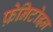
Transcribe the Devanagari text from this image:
फ़ेनिटोइन